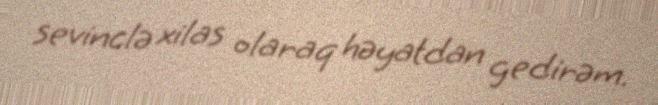
sevinclə xilas olaraq həyatdan gedirəm.